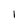
Character: I